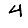
Digit: 4